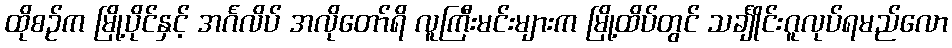
ထိုစဉ်က မြို့ပိုင်နှင့် အင်္ဂလိပ် အလိုတော်ရိ လူကြီးမင်းများက မြို့ထိပ်တွင် သင်္ချိုင်းဂူလုပ်ရမည်လော